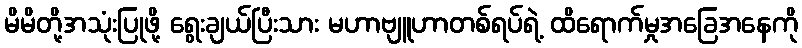
မိမိတို့အသုံးပြုဖို့ ရွေးချယ်ပြီးသား မဟာဗျူဟာတစ်ရပ်ရဲ့ ထိရောက်မှုအခြေအနေကို